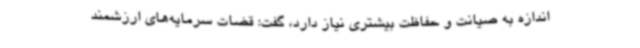
اندازه به صیانت و حفاظت بیشتری نیاز دارد، گفت: قضات سرمایه‌های ارزشمند